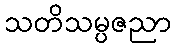
သတိသမ္ပဇညာ